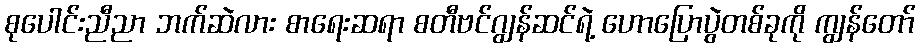
စုပေါင်းညီညာ ဘက်ဆဲလား စာရေးဆရာ စတီဗင်ဂျွန်ဆင်ရဲ့ ဟောပြောပွဲတစ်ခုကို ကျွန်တော်